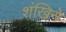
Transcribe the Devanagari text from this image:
शंखिने